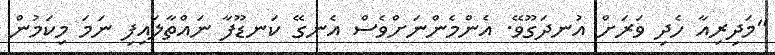
"މަދިރިއާ ހެެދި ވަރަށް އުނދަގޫވޭ. އެންމެންނަށްވެެސް އެނގޭ ކަނޑޫފާ ނައްތާލައިފި ނަމަ މިކަމުން